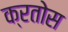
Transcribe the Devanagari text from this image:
क्रतोस